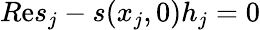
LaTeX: {R\mathrm{e}s}_{j}-s(x_{j},0)h_{j}=0